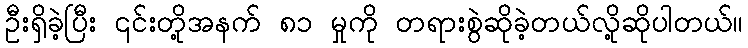
ဦးရှိခဲ့ပြီး ၎င်းတို့အနက် ၈၁ မှုကို တရားစွဲဆိုခဲ့တယ်လို့ဆိုပါတယ်။